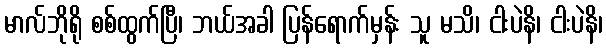
မာလ်ဘိုရို စစ်ထွက်ပြီ၊ ဘယ်အခါ ပြန်ရောက်မှန်း သူ မသိ၊ ငါးပဲနိ၊ ငါးပဲနိ၊